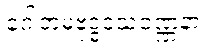
ဂေါတမဗုဒ္ဓဝံသဝဏ္ဏနာ